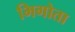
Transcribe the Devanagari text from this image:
भिगोता